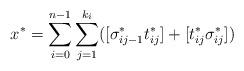
LaTeX: \begin{align*}x^*=\sum_{i=0}^{n-1}\sum_{j=1}^{k_i}([\sigma_{ij-1}^*t_{ij}^*]+[t_{ij}^*\sigma_{ij}^*])\end{align*}